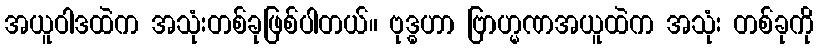
အယူဝါဒထဲက အသုံးတစ်ခုဖြစ်ပါတယ်။ ဗုဒ္ဓဟာ ဗြာဟ္မဏအယူထဲက အသုံး တစ်ခုကို